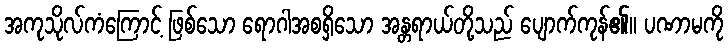
အကုသိုလ်ကံကြောင့် ဖြစ်သော ရောဂါအစရှိသော အန္တရာယ်တို့သည် ပျောက်ကုန်၏။ ပဏာမကို